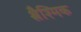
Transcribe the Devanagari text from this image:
श्लैश्मिक